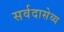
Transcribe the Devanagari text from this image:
सर्वदासेव्य